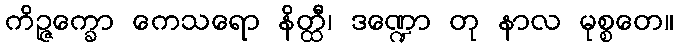
ကိဉ္ဇက္ခော ကေသရော နိတ္ထီ၊ ဒဏ္ဍော တု နာလ မုစ္စတေ။